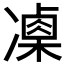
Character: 𠘍